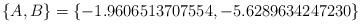
LaTeX: \begin{align*}\{ A,B\} =\{-1.9606513707554, -5.6289634247230\}\end{align*}